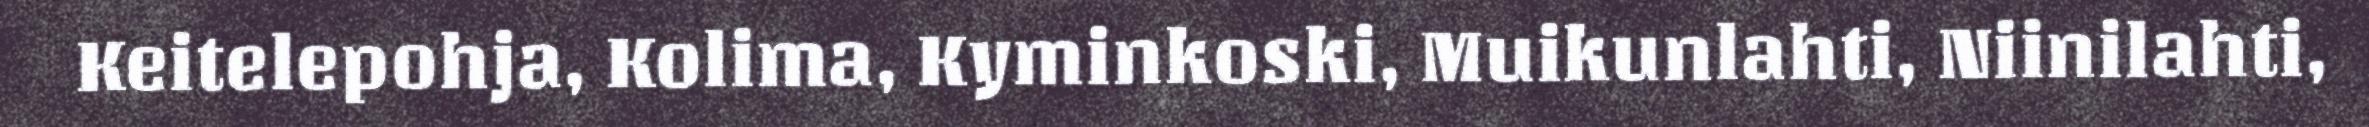
Keitelepohja, Kolima, Kyminkoski, Muikunlahti, Niinilahti,